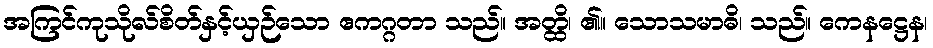
အကြင်ကုသိုလ်စိတ်နှင့်ယှဉ်သော ဧကဂ္ဂတာ သည်။ အတ္ထိ၊ ၏။ သောသမာဓိ၊ သည်။ ကေနဋ္ဌေန၊